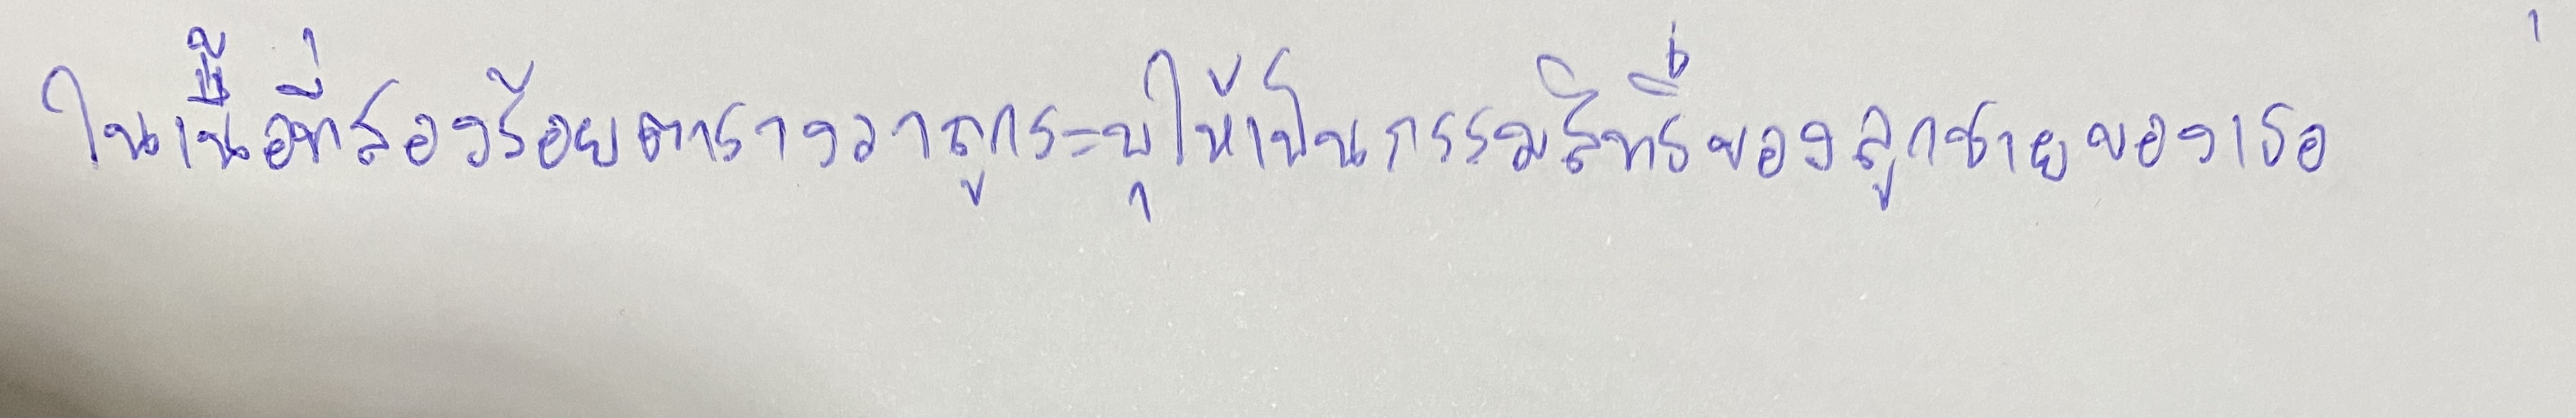
ในเนื้อที่สองร้อยตารางวาถูกระบุให้เป็นกรรมสิทธิ์ของลูกชายของเธอ